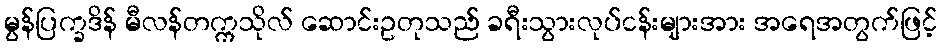
မွန်ပြက္ခဒိန် မီလန်တက္ကသိုလ် ဆောင်းဥတုသည် ခရီးသွားလုပ်ငန်းများအား အရေအတွက်ဖြင့်